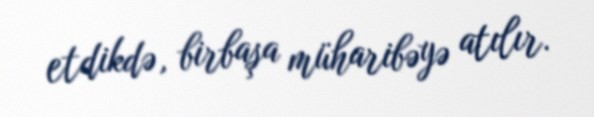
etdikdə, birbaşa müharibəyə atılır.